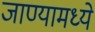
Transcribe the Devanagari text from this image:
जाण्यामध्ये